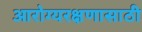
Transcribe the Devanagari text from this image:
आरोग्यरक्षणासाठी